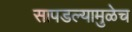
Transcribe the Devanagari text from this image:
सापडल्यामुळेच